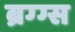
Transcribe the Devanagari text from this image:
ब्रग्ग्स